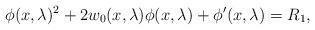
LaTeX: \begin{align*} \phi(x,\lambda)^2 + 2 w_0(x,\lambda) \phi(x, \lambda) + \phi^\prime(x,\lambda) = R_1, \end{align*}